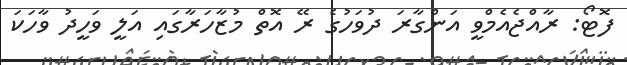
ފޮޓޯ: ރާއްޖެއެމްވީ އަންގާރަ ދުވަހުގެ ރޭ އޮތް މުޒާހަރާގައި އަލީ ވަހީދު ވާހަކަ